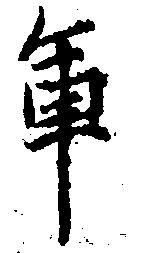
軍